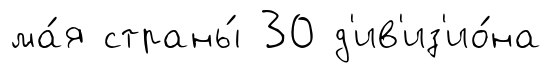
ма́я страны́ 30 д'ив'из'ио́на